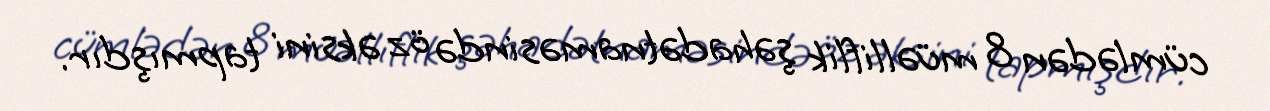
cümlədən 8 müəlliflik şəhadətnaməsində öz əksini tapmışdır.